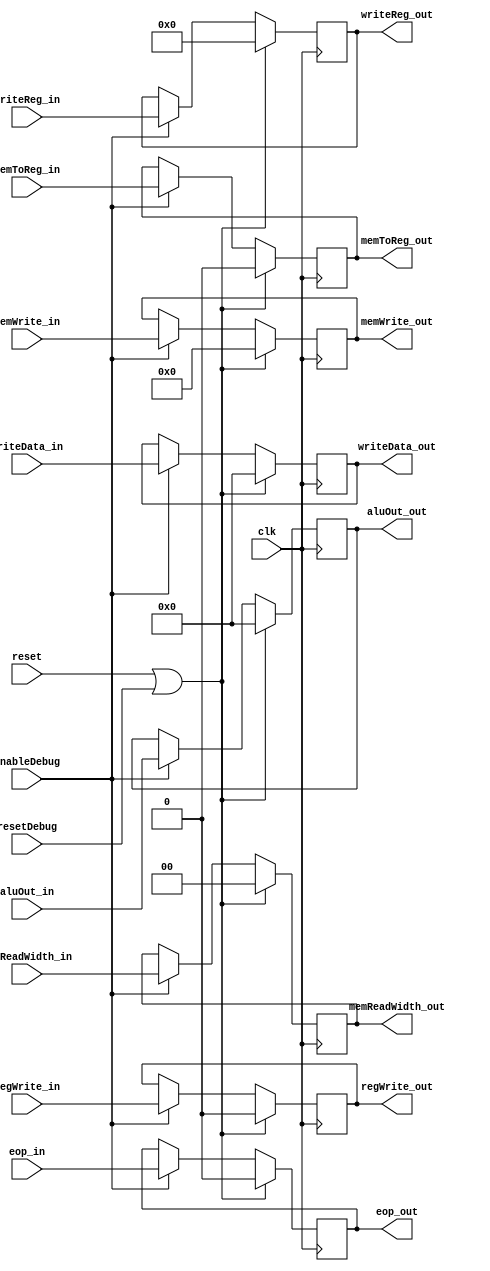
`timescale 1ns / 1ps
//////////////////////////////////////////////////////////////////////////////////
// Company: 
// Engineer: 
// 
// Design Name: 
// Module Name:    Latch_EX-MEM 
// Project Name: 
// Target Devices: 
// Tool versions: 
// Description: 
//
// Dependencies: 
//
// Revision: 
// Revision 0.01 - File Created
// Additional Comments: 
//
//////////////////////////////////////////////////////////////////////////////////
module EX_MEM(clk, reset, writeReg_in, writeData_in, aluOut_in, regWrite_in, memToReg_in,
					memWrite_in, memReadWidth_in, eop_in, writeReg_out, writeData_out, aluOut_out,
					regWrite_out, memToReg_out, memWrite_out, memReadWidth_out, eop_out,
					enableDebug, resetDebug);
//-------------------------------------------Entradas-----------------------------------------//
		input clk;
		input reset;
		input	[4:0] writeReg_in;
		input	[31:0] writeData_in;
		input	[31:0] aluOut_in;
		input regWrite_in;
		input memToReg_in;
		input [3:0]memWrite_in;
		input [1:0] memReadWidth_in;
		input	eop_in;
		//Debug
		input enableDebug;
		input resetDebug;
//--------------------------------------------Salidas-----------------------------------------//
		output reg [4:0] writeReg_out;
		output reg [31:0] writeData_out;
		output reg [31:0] aluOut_out;
		output reg regWrite_out;
		output reg memToReg_out;
		output reg [3:0]memWrite_out;
		output reg [1:0] memReadWidth_out;
		output reg eop_out;
//---------------------------------------------Wires------------------------------------------//
//-------------------------------------------Registros----------------------------------------//
//-----------------------------------------Inicializacion-------------------------------------//
	initial
		begin
			writeReg_out = 0;
			writeData_out = 0;
			aluOut_out = 0;
			regWrite_out = 0;
			memToReg_out = 0;
			memWrite_out = 0;
			memReadWidth_out = 0;
			eop_out = 0;
		end
//--------------------------------------Declaracion de Bloques--------------------------------//
//--------------------------------------------Logica------------------------------------------//
always @(negedge clk)
	 begin
		if(reset || resetDebug)
		begin
			writeReg_out<=0;
			writeData_out<=0;
			aluOut_out<=0;
			regWrite_out<=0;
			memToReg_out<=0;
			memWrite_out<=0;
			memReadWidth_out<=0;
			eop_out<=0;
		end
		else if(enableDebug)
		begin
			writeReg_out<=writeReg_in;
			writeData_out<=writeData_in;
			aluOut_out<=aluOut_in;
			regWrite_out<=regWrite_in;
			memToReg_out<=memToReg_in;
			memWrite_out<=memWrite_in;
			memReadWidth_out<=memReadWidth_in;
			eop_out<=eop_in;
		end		
	 end

endmodule